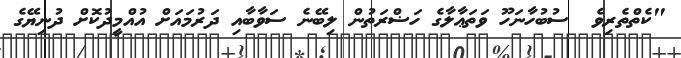
"ކެތްތެރިވެ  ސުބުހާނަހޫ ވަތަޢާލާގެ ހަޟްރަތުން ލިބޭނެ ސަވާބާއި ދަރުމައަށް އުއްމީދުކޮށް ދުނިޔޭގެ